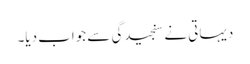
دیہاتی نے سنجیدگی سے جواب دیا۔